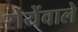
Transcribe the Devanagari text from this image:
रोयेंवाले